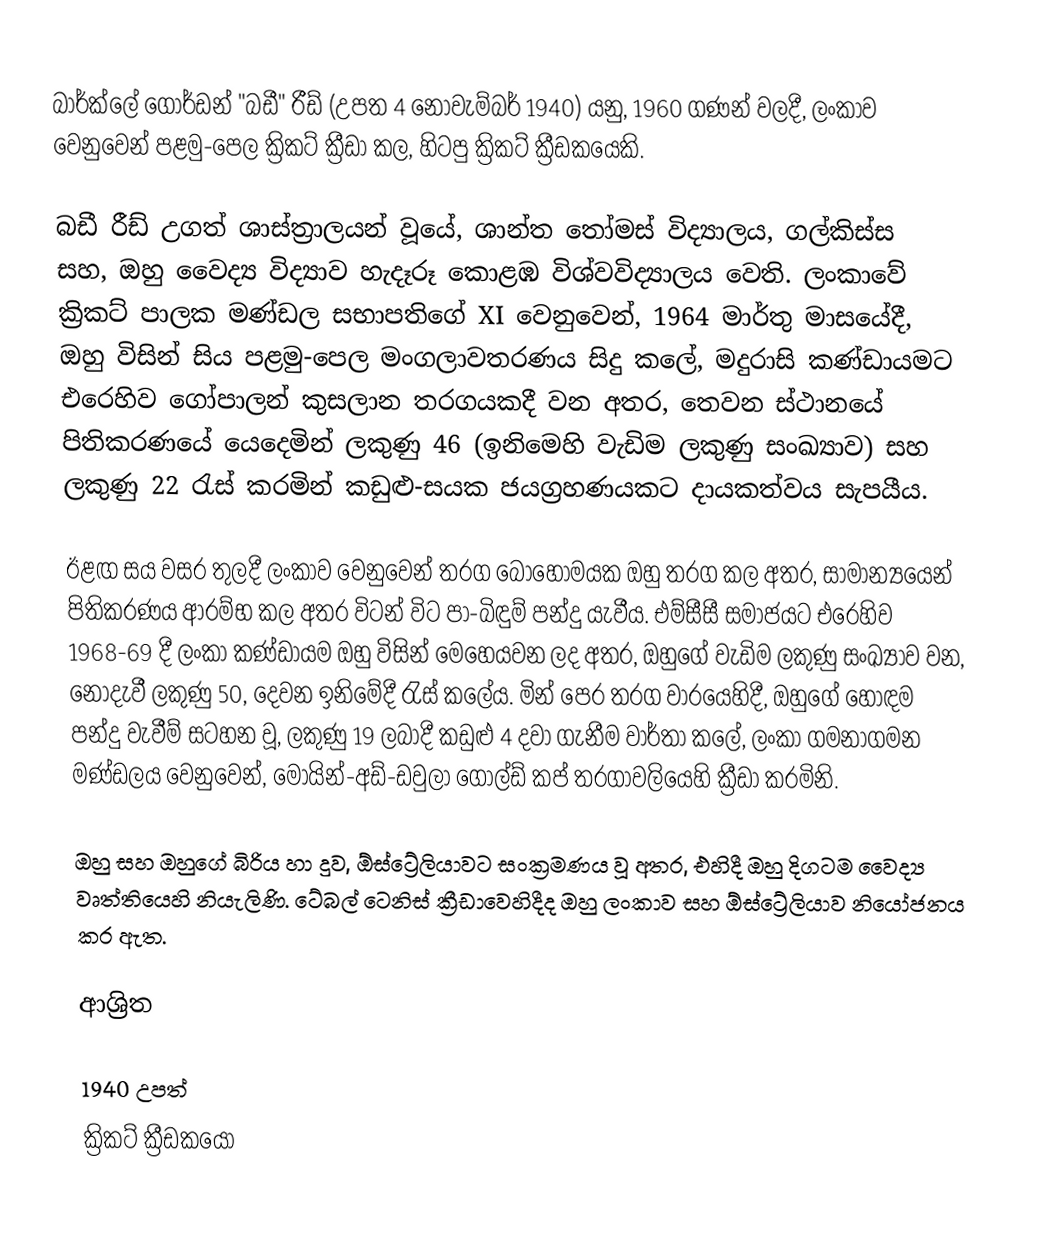
බාර්ක්ලේ ගෝර්ඩන් "බඩී" රීඩ් (උපත 4 නොවැම්බර් 1940) යනු, 1960 ගණන් වලදී,  ලංකාව වෙනුවෙන් පළමු-පෙල ක්‍රිකට්  ක්‍රීඩා කල, හිටපු ක්‍රිකට් ක්‍රීඩකයෙකි.

බඩී රීඩ් උගත් ශාස්ත්‍රාලයන් වූයේ,  ශාන්ත තෝමස් විද්‍යාලය, ගල්කිස්ස සහ, ඔහු වෛද්‍ය විද්‍යාව හැදෑරූ කොළඹ විශ්වවිද්‍යාලය වෙති. ලංකාවේ ක්‍රිකට් පාලක මණ්ඩල සභාපතිගේ XI වෙනුවෙන්, 1964 මාර්තු මාසයේදී,   ඔහු විසින් සිය පළමු-පෙල මංගලාවතරණය සිදු කලේ, මදුරාසි කණ්ඩායමට එරෙහිව ගෝපාලන් කුසලාන තරගයකදී වන අතර, තෙවන ස්ථානයේ පිතිකරණයේ යෙදෙමින් ලකුණු 46 (ඉනිමෙහි වැඩිම ලකුණු සංඛ්‍යාව) සහ ලකුණු 22 රැස් කරමින් කඩුළු-සයක ජයග්‍රහණයකට දායකත්වය සැපයීය.

ඊළඟ සය වසර තුලදී ලංකාව වෙනුවෙන් තරග බොහෝමයක ඔහු තරග කල අතර, සාමාන්‍යයෙන් පිතිකරණය ආරම්භ කල අතර විටන් විට පා-බිඳුම් පන්දු යැවීය. එම්සීසී සමාජයට එරෙහිව 1968-69 දී ලංකා කණ්ඩායම ඔහු විසින් මෙහෙයවන ලද අතර, ඔහුගේ වැඩිම ලකුණු සංඛ්‍යාව වන, නොදැවී ලකුණු 50, දෙවන ඉනිමේදී රැස් කලේය.  මින් පෙර තරග වාරයෙහිදී, ඔහුගේ හොඳම පන්දු වැවීම් සටහන වූ, ලකුණු 19 ලබාදී කඩුළු 4 දවා ගැනීම වාර්තා කලේ, ලංකා ගමනාගමන මණ්ඩලය වෙනුවෙන්,   මොයින්-අඩ්-ඩවුලා ගෝල්ඩ් කප් තරගාවලියෙහි ක්‍රීඩා කරමිනි.

ඔහු සහ ඔහුගේ බිරිය හා දුව, ඕස්ට්‍රේලියාවට සංක්‍රමණය වූ අතර, එහිදී ඔහු දිගටම වෛද්‍ය වෘත්තියෙහි නියැලිණි. ටේබල් ටෙනිස් ක්‍රීඩාවෙහිදීද ඔහු ලංකාව සහ ඕස්ට්‍රේලියාව නියෝජනය කර ඇත.

ආශ්‍රිත

1940 උපත්
ක්‍රිකට් ක්‍රීඩකයෝ